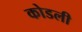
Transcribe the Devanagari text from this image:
कोडली